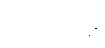
ကိုယ်ရေး